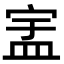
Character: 𬐞